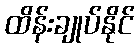
ထိန်းချုပ်နိုင်